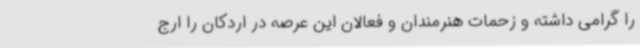
را گرامی داشته و زحمات هنرمندان و فعالان این عرصه در اردکان را ارج